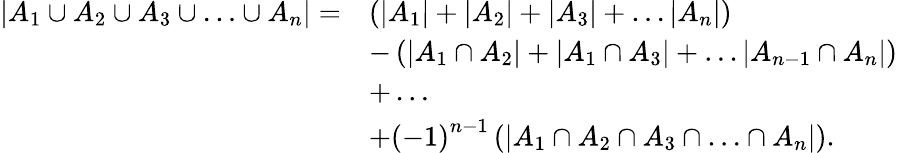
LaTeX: {\begin{array}{rl}{\left|A_{1}\cup A_{2}\cup A_{3}\cup\ldots\cup A_{n}\right|=}&{\left(\left|A_{1}\right|+\left|A_{2}\right|+\left|A_{3}\right|+\ldots\left|A_{n}\right|\right)}\\ &{-\left(\left|A_{1}\cap A_{2}\right|+\left|A_{1}\cap A_{3}\right|+\ldots\left|A_{n-1}\cap A_{n}\right|\right)}\\ &{+\ldots}\\ &{+\left(-1\right)^{n-1}\left(\left|A_{1}\cap A_{2}\cap A_{3}\cap\ldots\cap A_{n}\right|\right).}\end{array}}